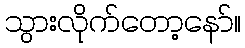
သွားလိုက်တော့နော်။